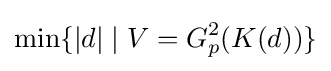
\min\{|d|\mid V=G_{p}^{2}(K(d))\}